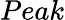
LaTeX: Peak